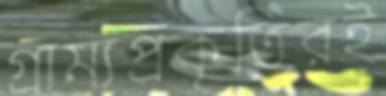
গ্রাম্যপ্রকৃতিরই